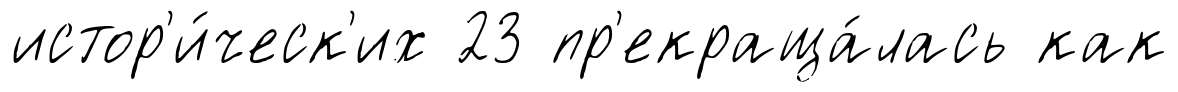
истор'и́ческ'их 23 пр'екраща́лась как